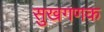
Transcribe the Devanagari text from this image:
सुखगणक